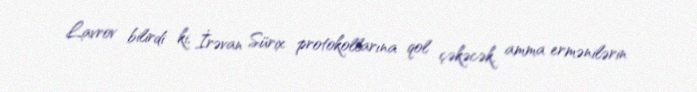
Lavrov bilirdi ki, İrəvan Sürix protokollarına qol çəkəcək, amma ermənilərin